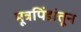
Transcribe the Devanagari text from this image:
मूत्रपिंडांतून